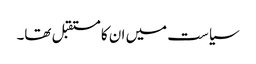
سیاست میں ان کا مستقبل تھا۔